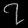
Digit: ၇